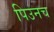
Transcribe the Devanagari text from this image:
पिउनच